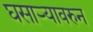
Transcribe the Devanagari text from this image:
घसाऱ्यावरुन